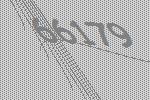
66179